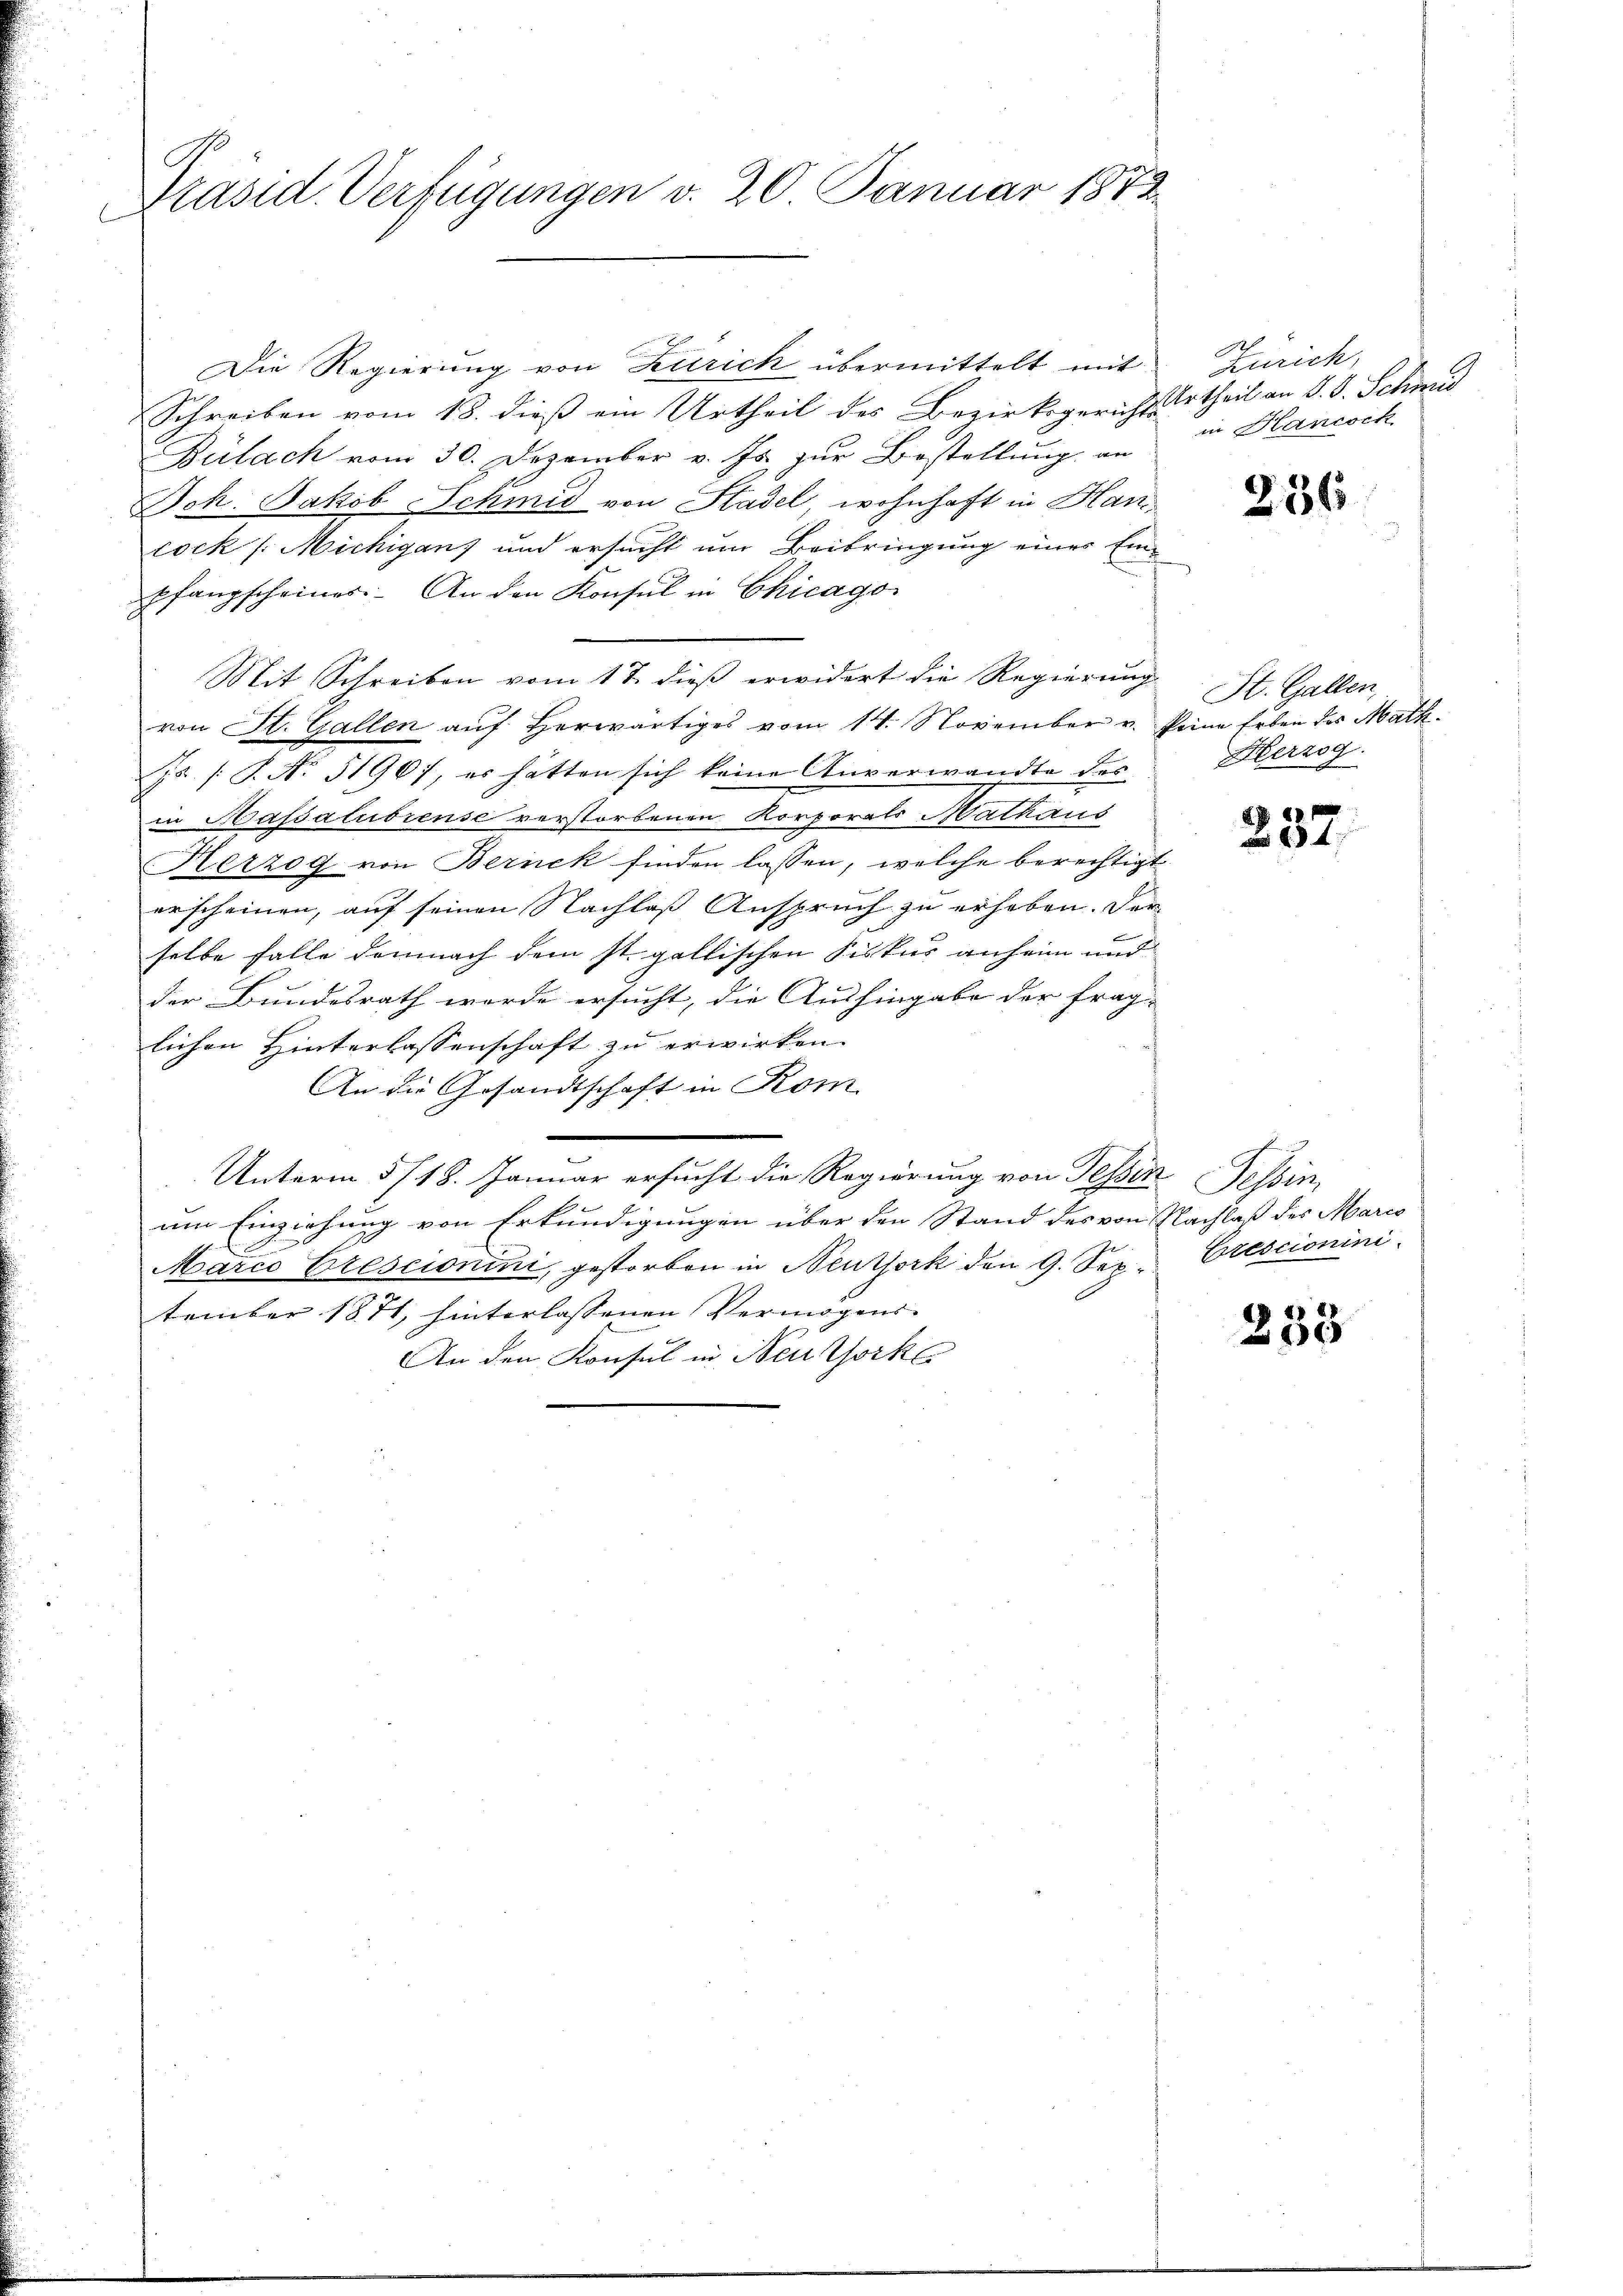
Präsid. Verfügungen v. 20. Januar 1873.

Die Regierung von Zürich übermittelt mit
Schreiben vom 18. dieß ein Urtheil des Bezirksgerichts Ertheil an S. S. Schmid
Bülach vom 30. Dezember v. Js. zur Bestellung an
Joh. Jakob Schmid von Hadel wohnhaft in Han
cock /: Michiganz und ersucht um Beibringung einer Ein-
pfangscheiner. An den Konsul in Chicago
Mit Schreiben vom 17. dieß erwidert die Regierung
von St. Gallen auf herwärtiges vom 14. November v. Peine Erben des Mathjs [S. Nr. 51967, es hätten sich keine Unverwandte des
in Hassatubrense verstorbenen Korporats Mathaus
Kerzog von Bernek finden lassen, welche berechtigt
erscheinen, auf seinen Nachlaß Anspruch zu erheben. Der
selbe falle demnach dem st. gallischen Fiskus anheim und
der Bundesrath werde ersucht, die Aushingabe der frag-
lichen Hinterlassenschaft zu erwirken.
An die Gesandtschaft in Kom
Unterm 5/18. Januar ersucht die Regierung von Tessin Tessin,
um Einziehung von Erkundigungen über den Stand des von Nachlaß des Marco
Marco Crescionini, gestorben in Neuthork den 9. September 1871, hinterlassenen Vermögens-
An den Konsul in Neuthork

Zürich
in Hancoch

236

St. Gallen,
Herzog.

257.

Crescionini

233